Vaccination report Assam 1896-1927 - 1896-1927
Year: 1896
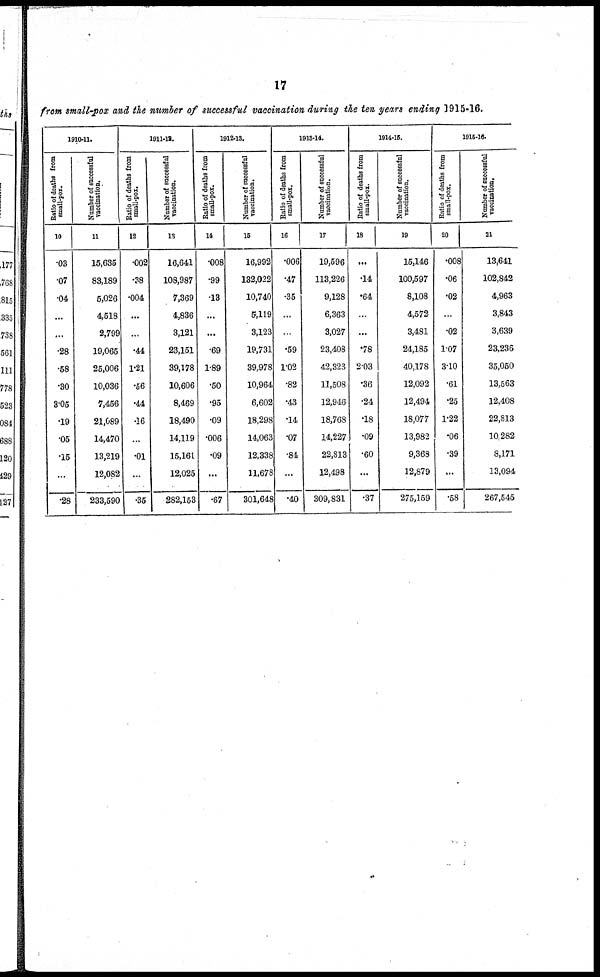
17
from small-pox and the number of successful vaccination during the ten years ending 1915-16.
1910-11.
Ratio of deaths from
small-pox.
10
.03
.07
.04
...
...
.28
.58
.30
3.05
.19
.15
.15
...
.28
Number of successful
vaccination.
11
15,635
83,189
5,026
4,518
2,799
19,065
25,006
10,036
7,456
21,089
14,470
13,219
12,082
233,590
1911-12.
Ratio of deaths from
small-pox.
12
.002
.38
.004
...
...
.44
1.21
.56
.44
.16
...
.01
...
.35
Number of successful
vaccination.
13
16,641
108,987
7,369
4,836
3,121
23,151
39,178
10,606
8,469
18,490
14,119
15,161
12,025
282,153
1912-13.
Ratio of deaths from
small-pox.
14
.008
.99
.13
...
...
.69
1.89
.50
.95
.09
.006
.09
...
.67
Number of successful
vaccination.
15
16,992
132,022
10,740
5,119
3,123
19,731
39,978
10,964
6,602
18,298
14,063
12,338
11,678
301,648
1913-14.
Ratio of deaths from
small-pox.
16
.006
.47
.35
...
...
.59
1.02
.82
.43
.14
.07
.84
...
.40
Number of successful
vaccination.
17
19,596
113,226
9,128
6,363
3,027
23,408
42,323
11,508
12,946
18,768
14,227
22,813
12,498
309,831
1914-15.
Ratio of deaths from
small-pox.
18
...
.14
.64
...
...
.78
2.03
.36
.24
.18
.09
.60
...
.37
Number of successful
vaccination.
19
15,146
100,597
8,108
4,572
3,481
24,185
40,178
12,092
12,494
18,077
13,982
9,368
12,879
275,159
1915-16.
Ratio of deaths from
small-pox.
20
.008
.06
.02
...
.02
1.07
3.10
.61
.25
1.22
.06
.39
...
.58
Number of successful
vaccination.
21
13,641
102,842
4,963
3,843
3,639
23,236
35,050
13,563
12,408
22,813
10,282
8,171
13,094
267,545